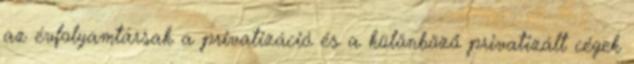
az évfolyamtársak a privatizáció és a különböző privatizált cégek